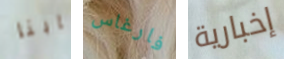
بابنا فارغاس إخبارية